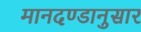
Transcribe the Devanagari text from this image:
मानदण्डानुसार